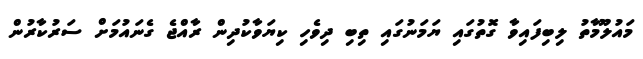
މައުލޫމާތު ލިބިފައިވާ ގޮތުގައި ޔަމަނުގައި ތިބި ދިވެހި ކިޔަވާކުދިން ރާއްޖެ ގެނައުމަށް ސަރުކާރުން